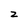
Character: z